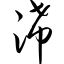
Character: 浠